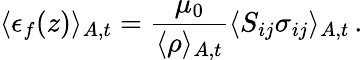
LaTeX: \langle\epsilon_{f}(z)\rangle_{A,t}=\frac{\mu_{0}}{\langle\rho\rangle_{A,t}}\langle S_{ij}\sigma_{ij}\rangle_{A,t}\, .